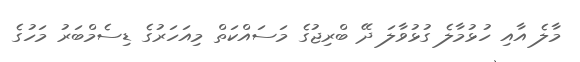
މާލެ އާއި ހުޅުމާލެ ގުޅުވާލަ ދޭ ބްރިޖުގެ މަސައްކަތް މިއަހަރުގެ ޑިސެމްބަރު މަހުގެ